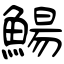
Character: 鰑